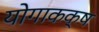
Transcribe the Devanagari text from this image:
योगाकक्ष